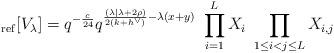
LaTeX: \begin{align*}_{\rm ref}[V_\lambda] = q^{-\frac{c}{24}} q^{\frac{(\lambda| \lambda + 2\rho) }{2(k+h^\vee)} -\lambda(x+y)}\ \prod_{i=1}^L X_i\ \prod_{1\leq i <j \leq L} X_{i,j}\end{align*}